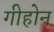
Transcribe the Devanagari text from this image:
गीहोन